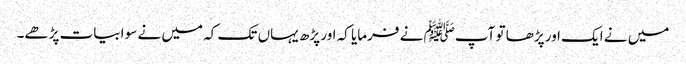
میں نے ایک اور پڑھا تو آپﷺ نے فرمایا کہ اور پڑھ یہاں تک کہ میں نے سو ابیات پڑھے۔